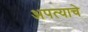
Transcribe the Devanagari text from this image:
अपत्याचे